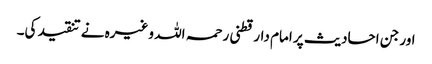
اور جن احادیث پر امام دارقطنی رحمہ اللہ وغیرہ نے تنقید کی۔